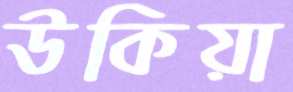
উকিয়া